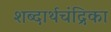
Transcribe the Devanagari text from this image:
शब्दार्थचंद्रिका